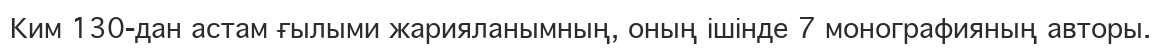
Ким 130-дан астам ғылыми жарияланымның, оның ішінде 7 монографияның авторы.